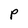
Character: P